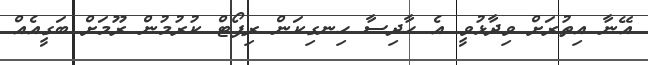
އޭނާ އިތުރަށް ވިދާޅުވީ އެ ހާދިސާ ހިނގިކަން ރިޕޯޓް ކުރުމުން ރޫމަށް ބަގީއެއް